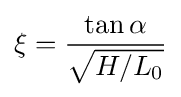
\xi ={\frac {\tan \alpha }{\sqrt {H/L_{0}}}}